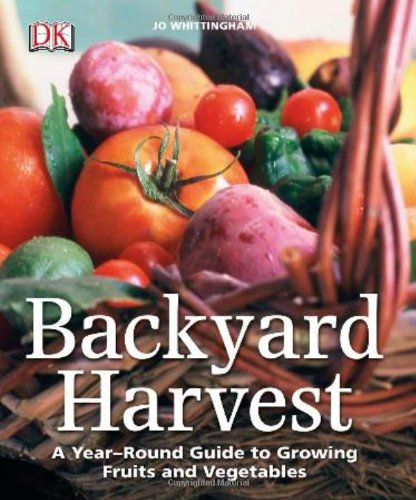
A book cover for Backyard Harvest: A year-round guide to growing fruit and vegetables; Jo Whittingham; Crafts, Hobbies & Home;